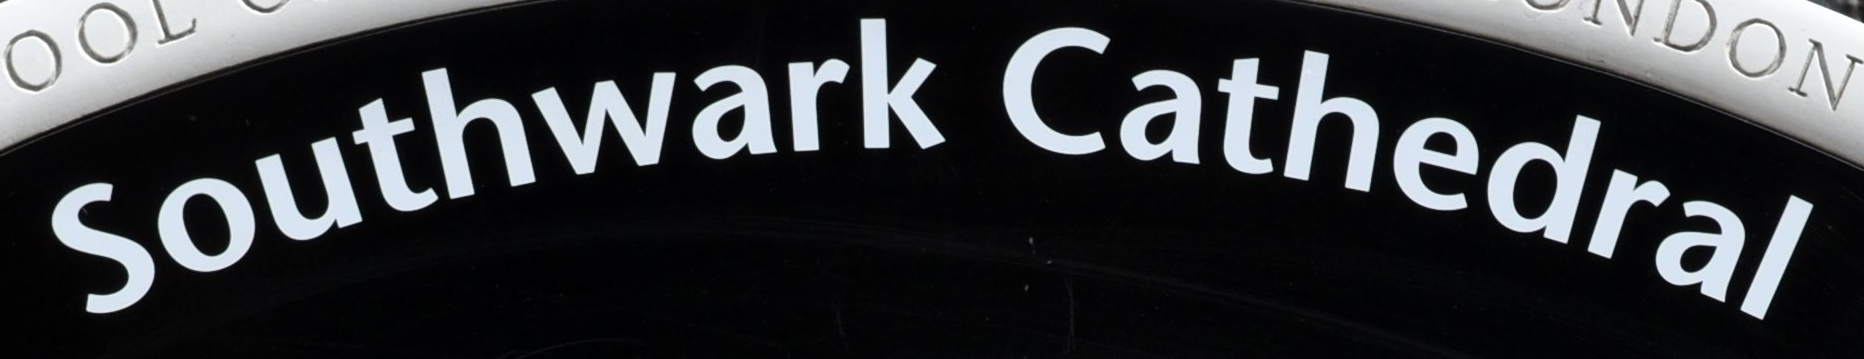
Southwark Cathedral